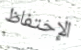
الإحتفاظ